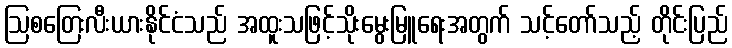
ဩစတြေးလီးယားနိုင်ငံသည် အထူးသဖြင့်သိုးမွေးမြူရေးအတွက် သင့်တော်သည့် တိုင်းပြည်